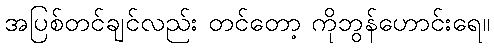
အပြစ်တင်ချင်လည်း တင်တော့ ကိုဘွန်ဟောင်းရေ။